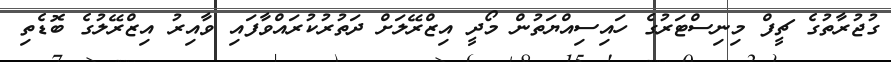
ގުޖުރާތުގެ ޗީފް މިނިސްޓަރުގެ ހައިސިއްޔަތުން މޯދީ އިޒްރޭލަށް ދަތުރުކުރައްވާފައި ވާއިރު އިޒްރޭލުގެ ބޮޑެތި